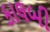
કાલબી